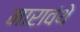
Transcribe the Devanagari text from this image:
मारावंथे